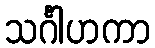
သင်္ဂါဟကာ